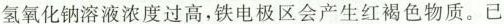
氢氧化钠溶液浓度过高，铁电极区会产生红褐色物质。已